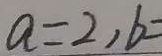
a = 2 , b =